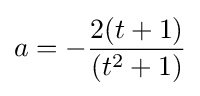
a=-{\frac {2(t+1)}{(t^{2}+1)}}